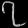
Digit: ၇